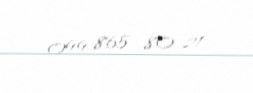
099 865 80 21